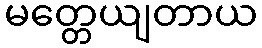
မတ္တေယျတာယ